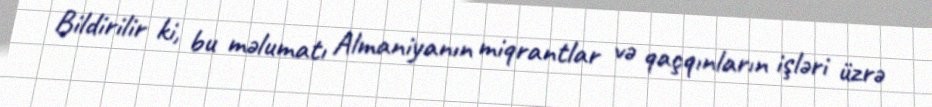
Bildirilir ki, bu məlumatı Almaniyanın miqrantlar və qaçqınların işləri üzrə